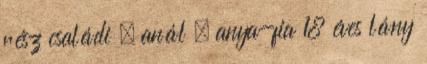
rész családi , anál , anya-fia 18 éves lány